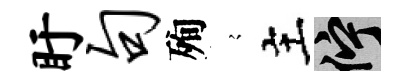
盱句殉𡪹主伫